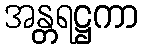
အန္တရဋ္ဌကာ